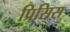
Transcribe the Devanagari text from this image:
प्रिसिस